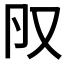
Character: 𠬨